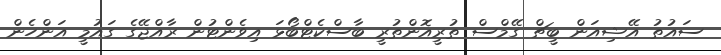
ސައުތު އޭޝިއަން ބީޗް ގޭމްސް ތުރީއޮންތުރީ ބާސްކެޓްބޯޅަ އިވެންޓުން ރާއްޖޭގެ ގައުމީ އަންހެން